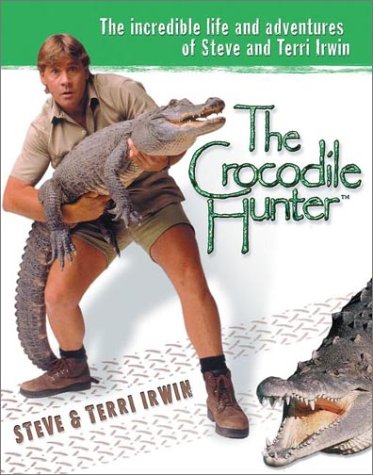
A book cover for The Crocodile Hunter: The Incredible Life and Adventures of Steve and Terri Irwin; Steve Irwin; Biographies & Memoirs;